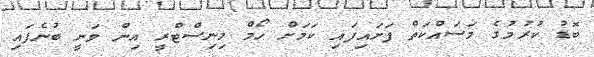
ބޮޑު ކުރުމުގެ މަސައްކަތް ފަށައިފައި ކަމަށް ހޯމް މިނިސްޓްރީ އިން ވަނީ ބުނެފައި